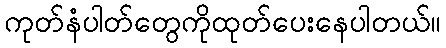
ကုတ်နံပါတ်တွေကိုထုတ်ပေးနေပါတယ်။